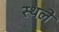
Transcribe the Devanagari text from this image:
स्थले